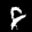
Label: 8